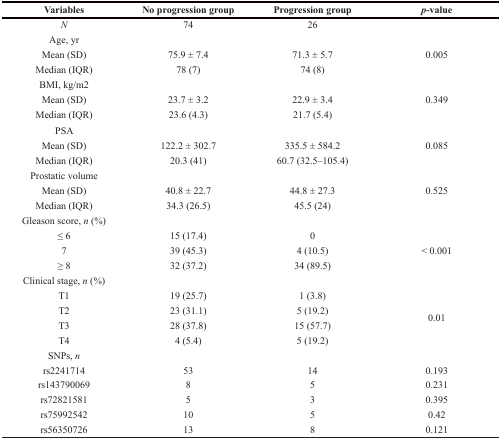
<table><thead><tr><td><b>Variables</b></td><td><b>No progression group</b></td><td><b>Progression group</b></td><td><b><i>p</i>-value</b></td></tr></thead><tbody><tr><td><i>N</i></td><td>74</td><td>26</td><td></td></tr><tr><td>Age, yr</td><td></td><td></td><td></td></tr><tr><td>Mean (SD)</td><td>75.9 ± 7.4</td><td>71.3 ± 5.7</td><td>0.005</td></tr><tr><td>Median (IQR)</td><td>78 (7)</td><td>74 (8)</td><td></td></tr><tr><td>BMI, kg/m2</td><td></td><td></td><td></td></tr><tr><td>Mean (SD)</td><td>23.7 ± 3.2</td><td>22.9 ± 3.4</td><td>0.349</td></tr><tr><td>Median (IQR)</td><td>23.6 (4.3)</td><td>21.7 (5.4)</td><td></td></tr><tr><td>PSA</td><td></td><td></td><td></td></tr><tr><td>Mean (SD)</td><td>122.2 ± 302.7</td><td>335.5 ± 584.2</td><td>0.085</td></tr><tr><td>Median (IQR)</td><td>20.3 (41)</td><td>60.7 (32.5–105.4)</td><td></td></tr><tr><td>Prostatic volume</td><td></td><td></td><td></td></tr><tr><td>Mean (SD)</td><td>40.8 ± 22.7</td><td>44.8 ± 27.3</td><td>0.525</td></tr><tr><td>Median (IQR)</td><td>34.3 (26.5)</td><td>45.5 (24)</td><td></td></tr><tr><td>Gleason score, <i>n</i> (%)</td><td></td><td></td><td></td></tr><tr><td>≤ 6</td><td>15 (17.4)</td><td>0</td><td rowspan="3">&lt; 0.001</td></tr><tr><td>7</td><td>39 (45.3)</td><td>4 (10.5)</td></tr><tr><td>≥ 8</td><td>32 (37.2)</td><td>34 (89.5)</td></tr><tr><td>Clinical stage, <i>n</i> (%)</td><td></td><td></td><td></td></tr><tr><td>T1</td><td>19 (25.7)</td><td>1 (3.8)</td><td rowspan="4">0.01</td></tr><tr><td>T2</td><td>23 (31.1)</td><td>5 (19.2)</td></tr><tr><td>T3</td><td>28 (37.8)</td><td>15 (57.7)</td></tr><tr><td>T4</td><td>4 (5.4)</td><td>5 (19.2)</td></tr><tr><td>SNPs, <i>n</i></td><td></td><td></td><td></td></tr><tr><td>rs2241714</td><td>53</td><td>14</td><td>0.193</td></tr><tr><td>rs143790069</td><td>8</td><td>5</td><td>0.231</td></tr><tr><td>rs72821581</td><td>5</td><td>3</td><td>0.395</td></tr><tr><td>rs75992542</td><td>10</td><td>5</td><td>0.42</td></tr><tr><td>rs56350726</td><td>13</td><td>8</td><td>0.121</td></tr></tbody></table>